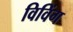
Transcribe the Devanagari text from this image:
विविंग